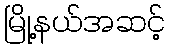
မြို့နယ်အဆင့်